Annual report on the health of the army in India
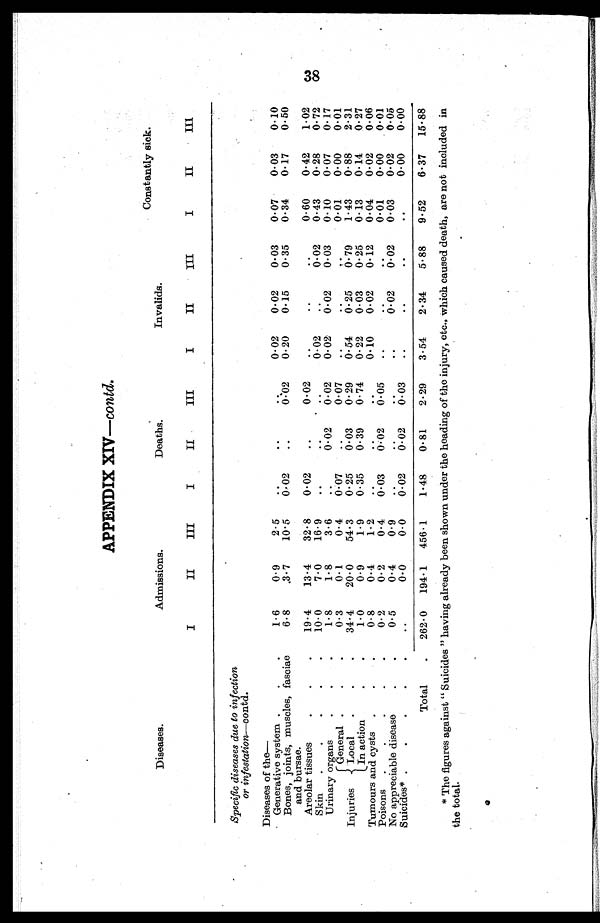
APPENDIX XIV—contd.
Diseases.
Admissions.
Deaths.
Invalids.
Constantly sick.
I
II
III
I
II
III
I
II
III
I
II
I I I
Specific diseases due to infection
or infestation—contd.
Diseases of the
—
Generative system .
.
1.6
0.9
2.5
...
.
0.02
0.02
0.03
0.07
0.03
0.10
Bones, joints, muscles, fasciae
and bursae.
6.8
3.7
10.5
0.02
..
0.02
0.20
0.15
0.35
0.34
0.17
0.50
Areolar tissues
.
.
.
19.4
13.4
32.8
0.02
..
0.02
..
..
..
0.60
0.42
1.02
Skin
.
.
.
.
.
10.0
7.0
16.9
.
. . ..
0.02
..
0.02
0.43
0.28
0.72
Urinary organs
.
.
.
1.8
1.8
3.6
..
0. 02 0.02
0.02
0 . 0 2
0.03
0.10
0.07
0 . 1 7
Injuries
General .
.
.
0.3
0.1
0 . 4
0.07
..
0.07
.
..
..
0.01
0.00
0 . 0 1
Local
.
.
.
3 4 . 4
2 0 . 0
54.3
0.25
0.03
0.29
0 54
0. 25
0.79
1.43
0.88
2 . 3 1
In action.
.
.
1 . 0
0 . 9
1.9
0.35
0. 39
0.74
0.22
0.03
0.25
0.13
0.14
0.27
Tumours and cysts .
.
.
0 . 8
0 . 4
1.2
..
...
...
0.10
0 . 0 2 0.12
0.04
0.02
0 . 0 6
Poisons
0.2
0.2
0.4
0.03
0.02
0.05
..
..
..
0.01
0.00
0.01
No appreciable disease. ,
,
0.5
0.4
0.9
..
..
..
..
0.02
0.02
0.03
0.02
0.05
Suicides* .
.
.
.
.
..
0.0
0.0
0.02
0.02
0.03
..
..
..
..
0.00
0.00
Total
.
262 . 0
194 . 1
456 . 1
1.48
0.81
2.29
3.54
2.34
5.88
9.52
6.37
15.88
* The figures against " Suicides " having already been shown under the heading of the injury, etc., which caused death, are not included in
the total.
38